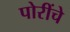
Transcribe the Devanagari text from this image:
पोरींचे